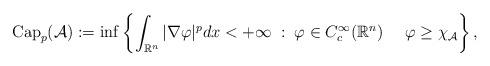
LaTeX: \begin{align*}\operatorname{Cap}_p(\mathcal A):=\inf \left\{ \int_{\mathbb{R}^n} |\nabla \varphi|^p dx < + \infty \; : \; \varphi \in C^{\infty}_c(\mathbb R^n) \ \ \ \ \varphi \geq \chi_{\mathcal A}\right\},\end{align*}